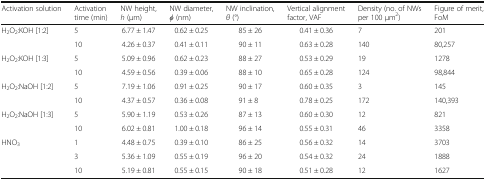
<table><thead><tr><td><b>Activation solution</b></td><td><b>Activation time (min)</b></td><td><b>NW height, <i>h</i> (μm)</b></td><td><b>NW diameter, <i>φ</i> (nm)</b></td><td><b>NW inclination, <i>θ</i> (°)</b></td><td><b>Vertical alignment factor, VAF</b></td><td><b>Density (no. of NWs per 100 μm<sup>2</sup>)</b></td><td><b>Figure of merit, FoM</b></td></tr></thead><tbody><tr><td rowspan="2">H<sub>2</sub>O<sub>2</sub>:KOH [1:2]</td><td>5</td><td>6.77 ± 1.47</td><td>0.62 ± 0.25</td><td>85 ± 26</td><td>0.41 ± 0.36</td><td>7</td><td>201</td></tr><tr><td>10</td><td>4.26 ± 0.37</td><td>0.41 ± 0.11</td><td>90 ± 11</td><td>0.63 ± 0.28</td><td>140</td><td>80,257</td></tr><tr><td rowspan="2">H<sub>2</sub>O<sub>2</sub>:KOH [1:3]</td><td>5</td><td>5.09 ± 0.96</td><td>0.62 ± 0.23</td><td>88 ± 27</td><td>0.53 ± 0.29</td><td>19</td><td>1278</td></tr><tr><td>10</td><td>4.59 ± 0.56</td><td>0.39 ± 0.06</td><td>88 ± 10</td><td>0.65 ± 0.28</td><td>124</td><td>98,844</td></tr><tr><td rowspan="2">H<sub>2</sub>O<sub>2</sub>:NaOH [1:2]</td><td>5</td><td>7.19 ± 1.06</td><td>0.91 ± 0.25</td><td>90 ± 17</td><td>0.60 ± 0.35</td><td>3</td><td>145</td></tr><tr><td>10</td><td>4.37 ± 0.57</td><td>0.36 ± 0.08</td><td>91 ± 8</td><td>0.78 ± 0.25</td><td>172</td><td>140,393</td></tr><tr><td rowspan="2">H<sub>2</sub>O<sub>2</sub>:NaOH [1:3]</td><td>5</td><td>5.90 ± 1.19</td><td>0.53 ± 0.26</td><td>87 ± 13</td><td>0.60 ± 0.30</td><td>12</td><td>821</td></tr><tr><td>10</td><td>6.02 ± 0.81</td><td>1.00 ± 0.18</td><td>96 ± 14</td><td>0.55 ± 0.31</td><td>46</td><td>3358</td></tr><tr><td rowspan="3">HNO<sub>3</sub></td><td>1</td><td>4.48 ± 0.75</td><td>0.39 ± 0.10</td><td>86 ± 25</td><td>0.56 ± 0.32</td><td>14</td><td>3703</td></tr><tr><td>3</td><td>5.36 ± 1.09</td><td>0.55 ± 0.19</td><td>96 ± 20</td><td>0.54 ± 0.32</td><td>24</td><td>1888</td></tr><tr><td>10</td><td>5.19 ± 0.81</td><td>0.55 ± 0.15</td><td>90 ± 18</td><td>0.51 ± 0.28</td><td>12</td><td>1627</td></tr></tbody></table>